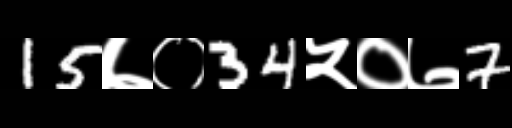
Text: 15७०34५०७7